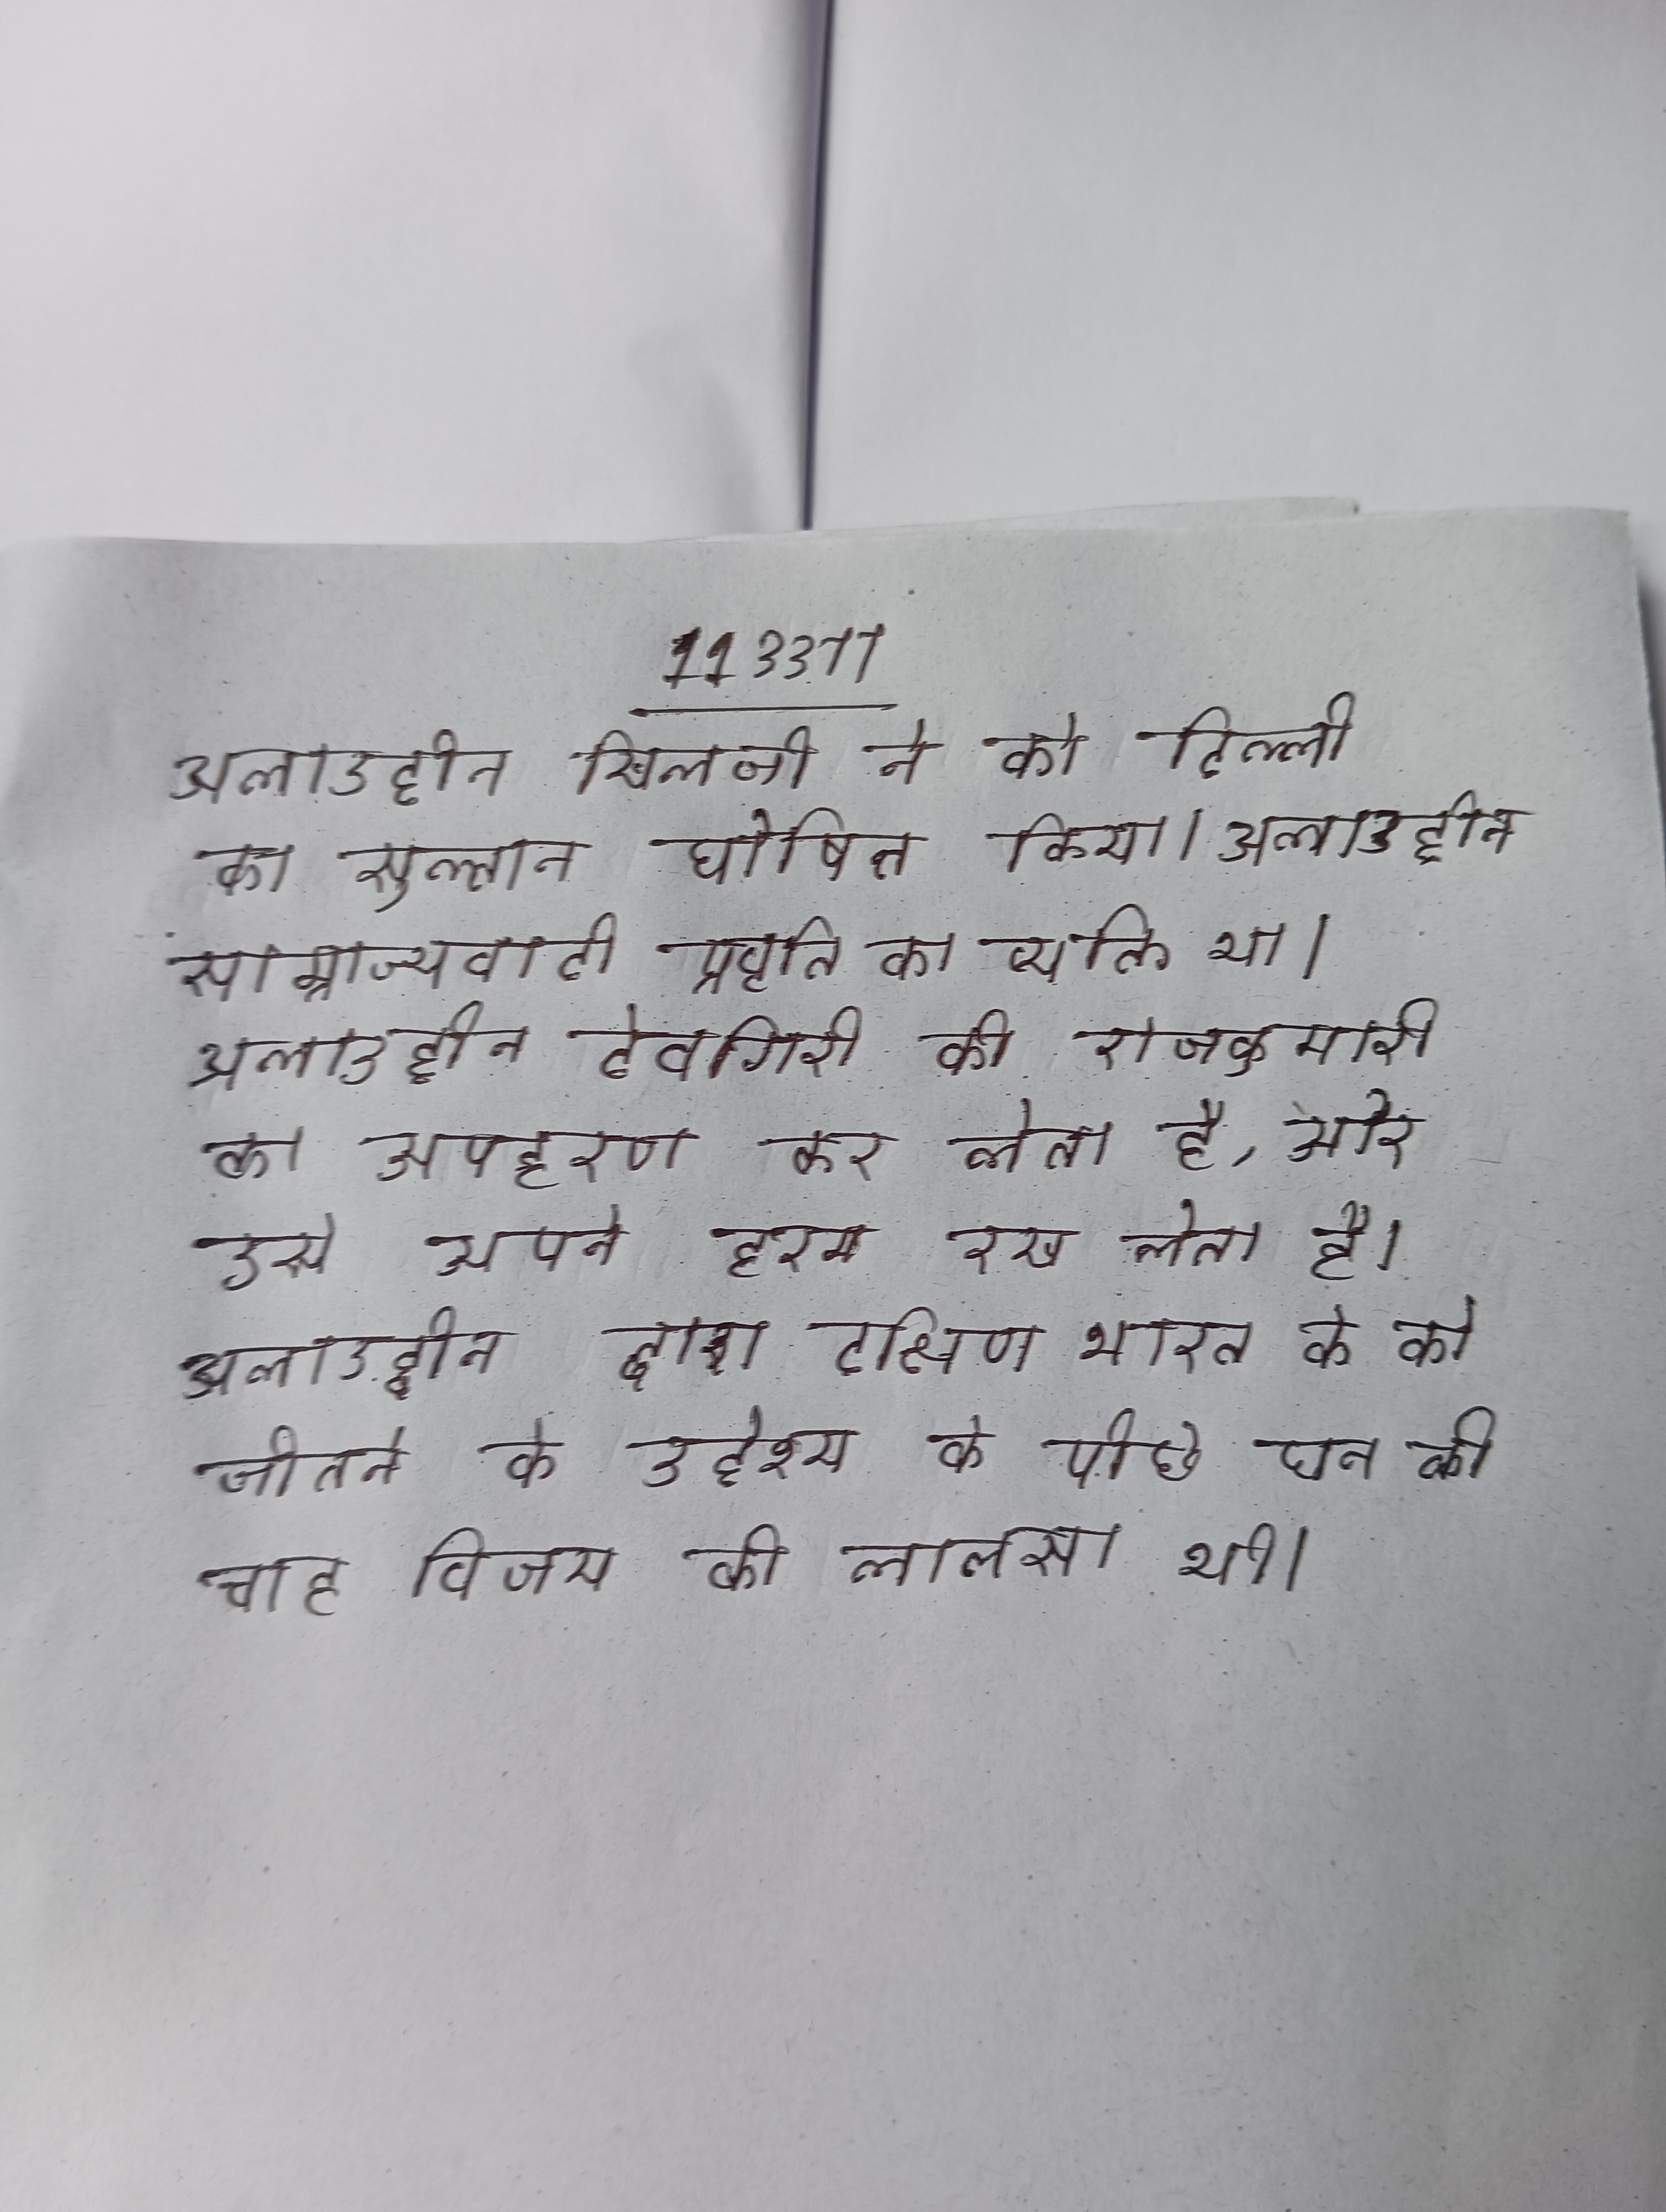
अलाउद्दीन खिलजी ने को दिल्ली का सुल्तान घोषित किया । अलाउद्दीन साम्राज्यवादी प्रवृति का व्यक्ति था । अलाउद्दीन देवगिरी की राजकुमारी का अपहरण कर लेता है, और उसे अपने हरम रख लेता है । अलाउद्दीन द्वारा दक्षिण भारत के को जीतने के उद्देश्य के पीछे धन की चाह विजय की लालसा थी ।